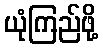
ယုံကြည်ဖို့